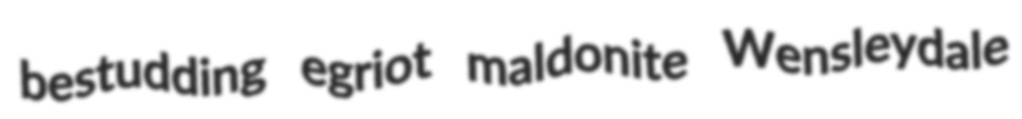
bestudding egriot maldonite Wensleydale